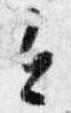
今